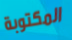
المكتوبة